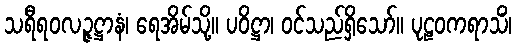
သရီရဝလဉ္ဇဋ္ဌာနံ၊ ရေအိမ်သို့။ ပဝိဋ္ဌာ၊ ဝင်သည်ရှိသော်။ ပုဠဝကရာသိံ၊